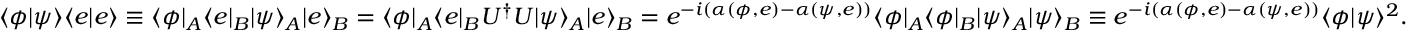
\langle \phi | \psi \rangle \langle e | e \rangle \equiv \langle \phi | _ { A } \langle e | _ { B } | \psi \rangle _ { A } | e \rangle _ { B } = \langle \phi | _ { A } \langle e | _ { B } U ^ { \dagger } U | \psi \rangle _ { A } | e \rangle _ { B } = e ^ { - i ( \alpha ( \phi , e ) - \alpha ( \psi , e ) ) } \langle \phi | _ { A } \langle \phi | _ { B } | \psi \rangle _ { A } | \psi \rangle _ { B } \equiv e ^ { - i ( \alpha ( \phi , e ) - \alpha ( \psi , e ) ) } \langle \phi | \psi \rangle ^ { 2 } .